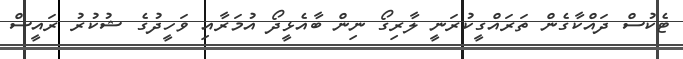
ޓެކުސް ދައްކާގެން ތަރައްގީކުރަނީ ލާރިގޯ ނިން ބާއެޅީދޯ އުމަރާއި ވަހީދުގެ ޝުކުރު ރައީސް